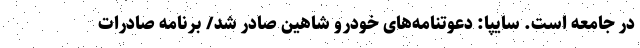
در جامعه است. سایپا: دعوتنامه‌های خودرو شاهين صادر شد/ برنامه صادرات